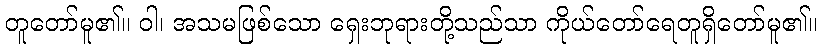
တူတော်မူ၏။ ဝါ၊ အသမဖြစ်သော ရှေးဘုရားတို့သည်သာ ကိုယ်တော်ရေတူရှိတော်မူ၏။